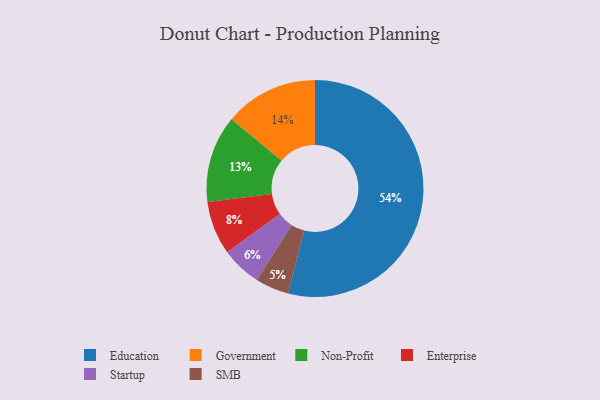
{"axis": {"x": "Category", "y": "Percentage"}, "legend": ["Education", "Enterprise", "Government", "Non-Profit", "SMB", "Startup"], "data": [{"x": "Government", "y": 14, "type": "Government"}, {"x": "Non-Profit", "y": 13, "type": "Non-Profit"}, {"x": "SMB", "y": 5, "type": "SMB"}, {"x": "Education", "y": 54, "type": "Education"}, {"x": "Enterprise", "y": 8, "type": "Enterprise"}, {"x": "Startup", "y": 6, "type": "Startup"}]}